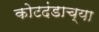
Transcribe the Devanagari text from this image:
कोटदंडाच्या